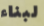
لبناء